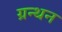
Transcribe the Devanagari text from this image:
ग्रन्थन